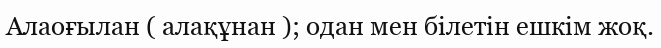
Алаоғылан ( алақұнан ); одан мен білетін ешкім жоқ.